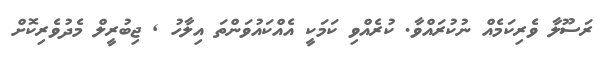
ރަސޫލާ ވެރިކަމެއް ނުކުރައްވާ. ކުރެއްވި ކަމަކީ އެއްކައުވަންތަ އިލާހު